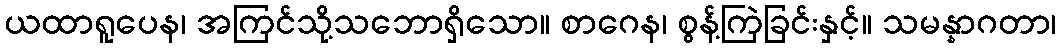
ယထာရူပေန၊ အကြင်သို့သဘောရှိသော။ စာဂေန၊ စွန့်ကြဲခြင်းနှင့်။ သမန္နာဂတာ၊